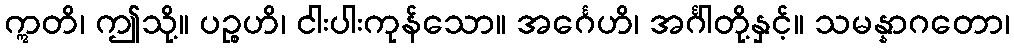
ဣတိ၊ ဤသို့။ ပဉ္စဟိ၊ ငါးပါးကုန်သော။ အင်္ဂေဟိ၊ အင်္ဂါတို့နှင့်။ သမန္နာဂတော၊